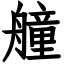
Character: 艟